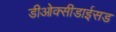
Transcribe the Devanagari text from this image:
डीओक्सीडाईसड